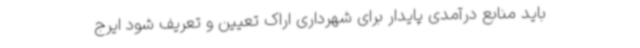
باید منابع درآمدی پایدار برای شهرداری اراک تعیین و تعریف شود ایرج